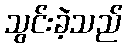
သွင်းခဲ့သည်